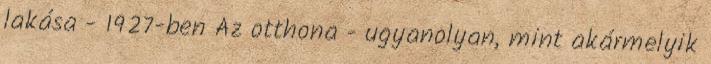
lakása - 1927-ben Az otthona - ugyanolyan, mint akármelyik